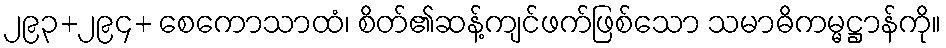
၂၉၃+၂၉၄+ စေကောသာထံ၊ စိတ်၏ဆန့်ကျင်ဖက်ဖြစ်သော သမာဓိကမ္မဋ္ဌာန်ကို။